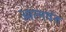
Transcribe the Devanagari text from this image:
आत्मवंत